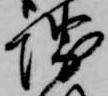
堺